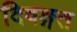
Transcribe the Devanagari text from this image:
दिवङ्गत